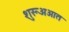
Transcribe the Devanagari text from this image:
शुरूअआत